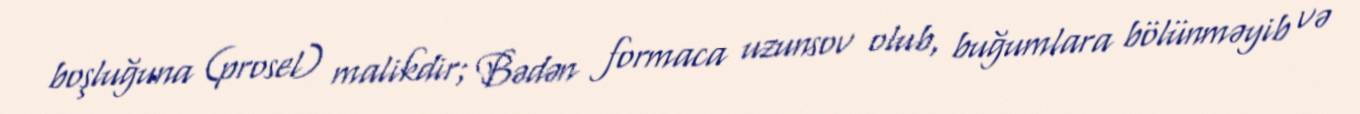
boşluğuna (prosel) malikdir; Bədən formaca uzunsov olub, buğumlara bölünməyib və